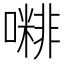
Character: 𡁭